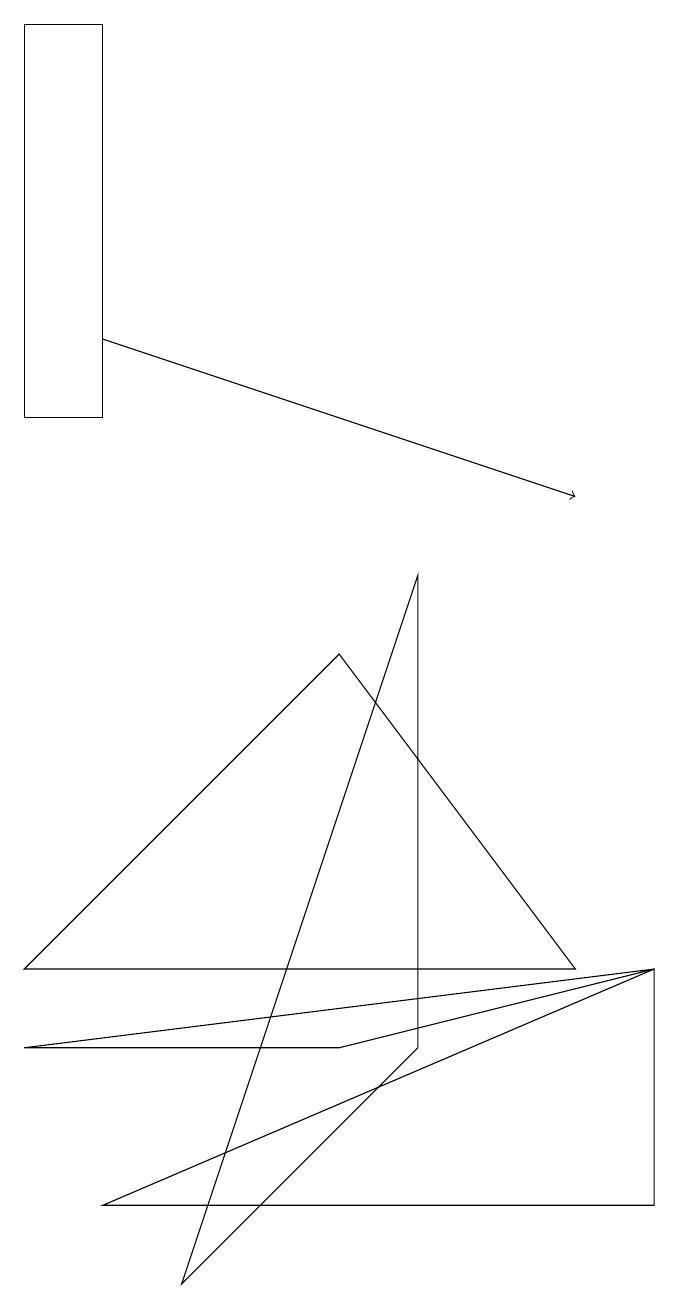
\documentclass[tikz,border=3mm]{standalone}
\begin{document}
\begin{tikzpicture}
\draw (1,11) rectangle (0,16);
\draw (0,4) -- (7,4) -- (4,8) -- cycle;
\draw (8,1) -- (8,4) -- (1,1) -- cycle;
\draw[->] (1,12) -- (7,10);
\draw (4,3) -- (8,4) -- (0,3) -- cycle;
\draw (5,3) -- (2,0) -- (5,9) -- cycle;
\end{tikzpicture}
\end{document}